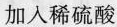
加入稀硫酸